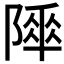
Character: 𨻾